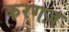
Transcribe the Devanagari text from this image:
करगज़